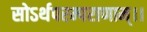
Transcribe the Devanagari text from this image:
सोऽर्थपरम्पराणाम्।।